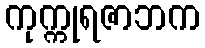
ကုက္ကုရဇာဘက